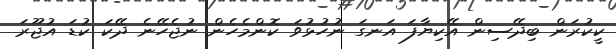
ކީކުރަން ބިދޭސިން އޭކިޔާފަ އަނގަ ނުހުޅުވަ ކޮންމެހެން ނުޖެހޭނެ ދޭކަ ކުޑަ އުޖޫރަ